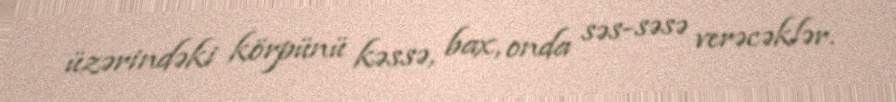
üzərindəki körpünü kəssə, bax, onda səs-səsə verəcəklər.